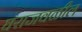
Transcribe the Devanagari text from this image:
घराजवळील